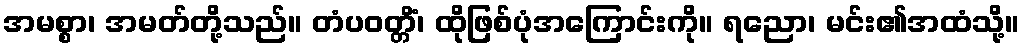
အမစ္စာ၊ အမတ်တို့သည်။ တံပဝတ္တိံ၊ ထိုဖြစ်ပုံအကြောင်းကို။ ရညော၊ မင်း၏အထံသို့။